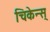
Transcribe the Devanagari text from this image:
चिकेन्स्